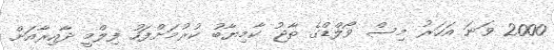
2000 ވަނަ އަހަރު މިސް ވޯލްޑްގެ ތާޖު ކާމިޔާބު ކުރުމަށްފަހު ފިލްމީ ދާއިރާއަށް